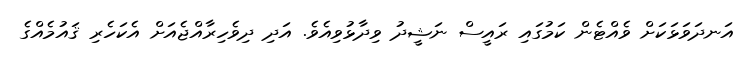
އަނދަވަޅަކަށް ވެއްޓެން ކަމުގައި ރައީސް ނަޝީދު ވިދާޅުވިއެވެ. އަދި ދިވެހިރާއްޖެއަށް އެކަހެރި ޤައުމެއްގެ